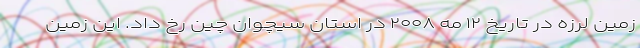
زمین لرزه در تاریخ ۱۲ مه ۲۰۰۸ در استان سیچوان چین رخ داد. این زمین